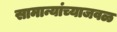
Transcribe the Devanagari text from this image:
सामान्यांच्याजवळ